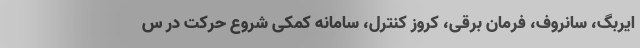
ایربگ، سانروف، فرمان برقی، کروز کنترل، سامانه کمکی شروع حرکت در س